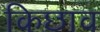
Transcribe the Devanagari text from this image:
किछाव